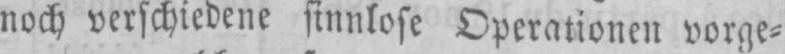
noch verschiedene sinnlose Operationen vorge⸗